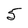
Character: 5